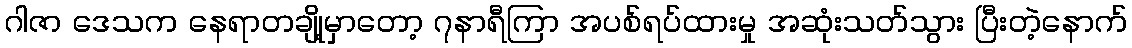
ဂါဇာ ဒေသက နေရာတချို့မှာတော့ ၇နာရီကြာ အပစ်ရပ်ထားမှု အဆုံးသတ်သွား ပြီးတဲ့နောက်